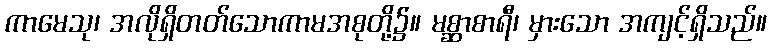
ကာမေသု၊ အလိုရှိတတ်သောကာမအစုတို့၌။ မစ္ဆာစာရီ၊ မှားသော အကျင့်ရှိသည်။